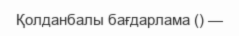
Қолданбалы бағдарлама () —